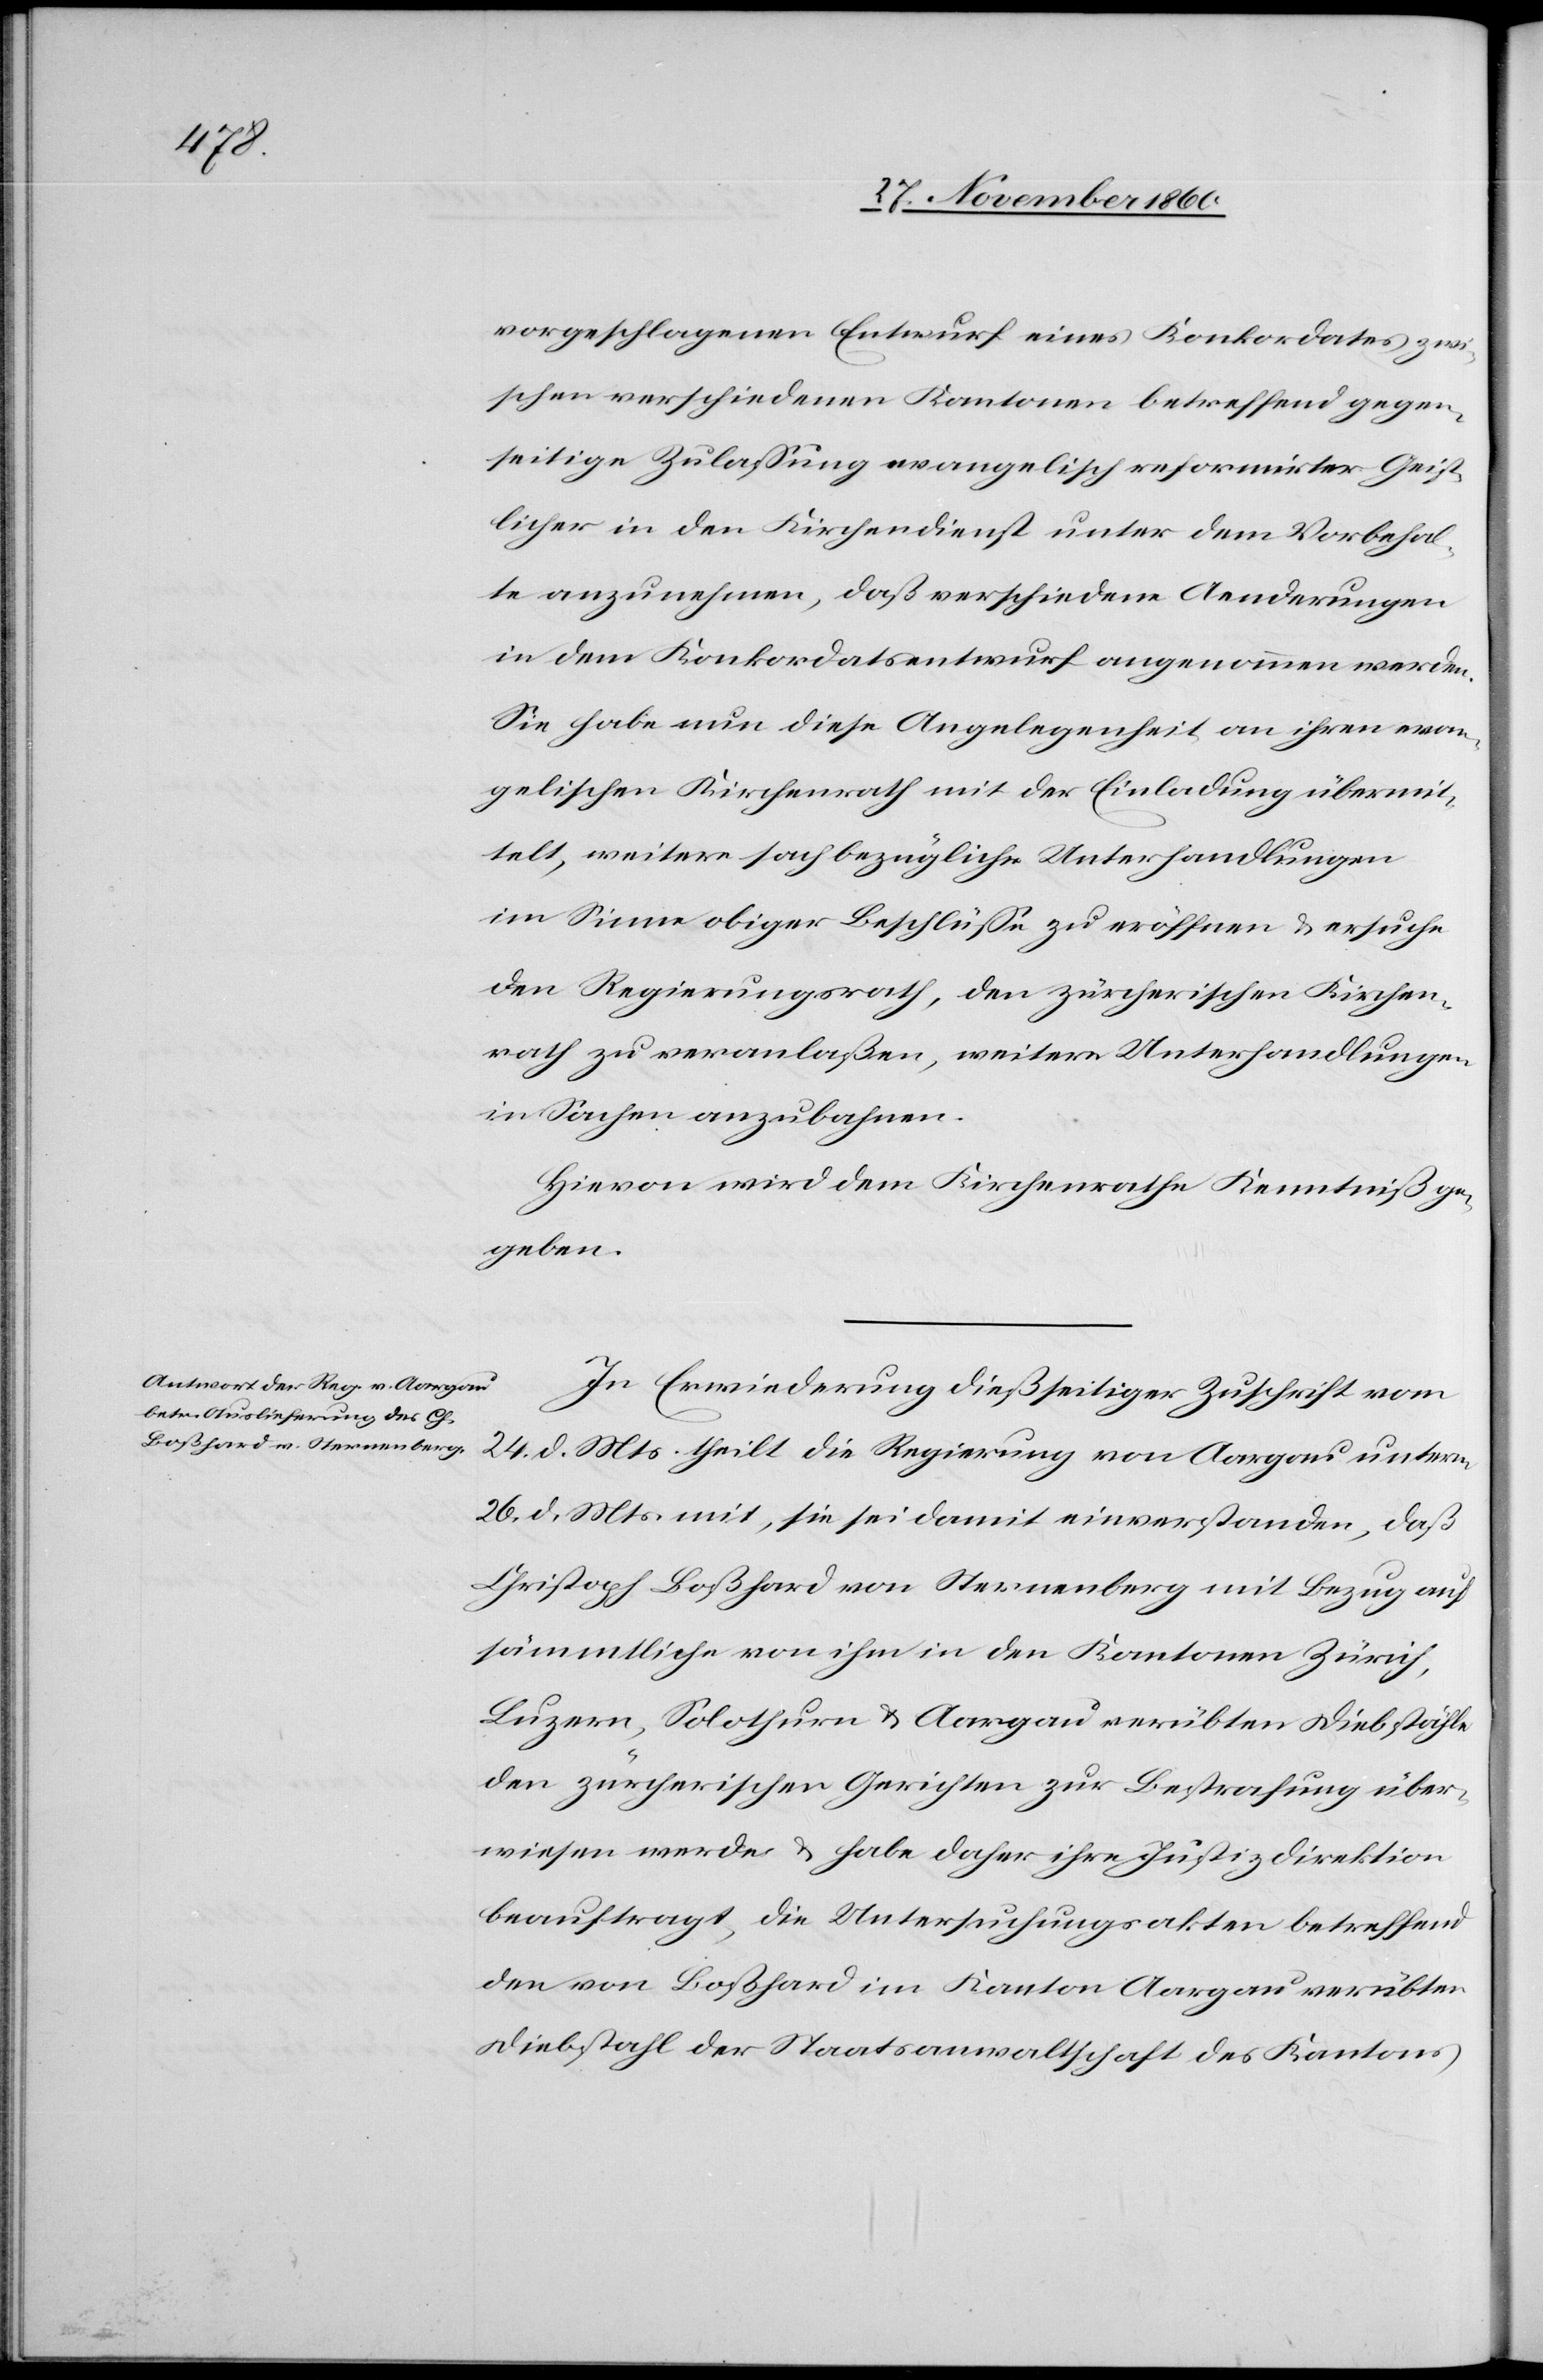
vorgeschlagenen Entwurf eines Konkordates zwi¬
schen verschiedenen Kantonen betreffend gegen¬
seitige Zulassung evangelisch reformirter Geist¬
licher in den Kirchendienst unter dem Vorbehal¬
te anzunehmen, daß verschiedene Aenderungen
in dem Konkordatsentwurf angenommen werden.
Sie habe nun diese Angelegenheit an ihren evan¬
gelischen Kirchenrath mit der Einladung übermit¬
telt, weitere sachbezügliche Unterhandlungen
im Sinne obiger Beschlüsse zu eröffnen u. ersuche
den Regierungsrath, den zürcherischen Kirchen¬
rath zu veranlaßen, weitere Unterhandlungen
in Sachen anzubahnen.
Hievon wird dem Kirchenrathe Kenntniß ge¬
geben.
In Erwiederung dießseitiger Zuschrift vom
24. d. Mts. theilt die Regierung von Aargau unterm
26. d. Mts. mit, sie sei damit einverstanden, daß
Christoph Boßhard von Sternenberg mit Bezug auf
sämmtliche von ihm in den Kantonen Zürich,
Luzern, Solothurn u. Aargau verübten Diebstähle
den zürcherischen Gerichten zur Bestrafung über¬
wiesen werde u. habe daher ihre Justizdirektion
beauftragt, die Untersuchungsakten betreffend
den von Boßhard im Kanton Aargau verübten
Diebstahl der Staatsanwaltschaft des Kantons